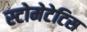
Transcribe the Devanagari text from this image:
स्टोमेटेटिस